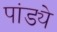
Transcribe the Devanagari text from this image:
पांड्ये